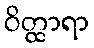
ဝိတ္ထာရာ